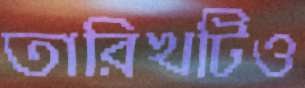
তারিখটিও